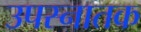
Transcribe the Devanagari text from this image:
उपस्नातक